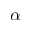
\alpha